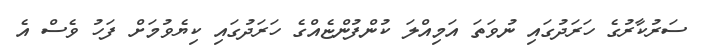
ސަރުކާރުގެ ހަރަދުގައި ނުވަތަ އަމިއްލަ ކުންފުންޏެއްގެ ހަރަދުގައި ކިޔެވުމަށް ފަހު ވެސް އެ